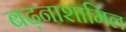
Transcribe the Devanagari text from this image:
बढ़नाशामिल